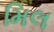
મિલ